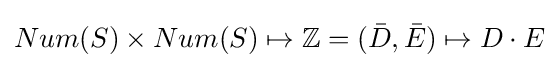
Num(S)\times Num(S)\mapsto \mathbb {Z} =({\bar {D}},{\bar {E}})\mapsto D\cdot E